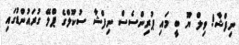
ނިފްޝާ! ވިލް ޔޫ ބީ މައި ޕުރިންސެސް ނިފްޝާ ސުކޫލްގެ ޕްލޭ ގުރައުންޑުގައި